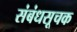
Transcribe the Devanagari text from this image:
संबंधसूचक